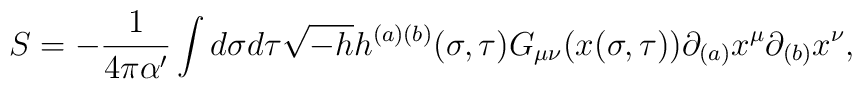
S = - \frac{1}{4\pi\alpha'}\int d\sigma d\tau \sqrt{-h}h^{(a)(b)}(\sigma, \tau)G_{\mu\nu}(x(\sigma,\tau))\partial_{(a)}x^{\mu}\partial_{(b)}x^{\nu},